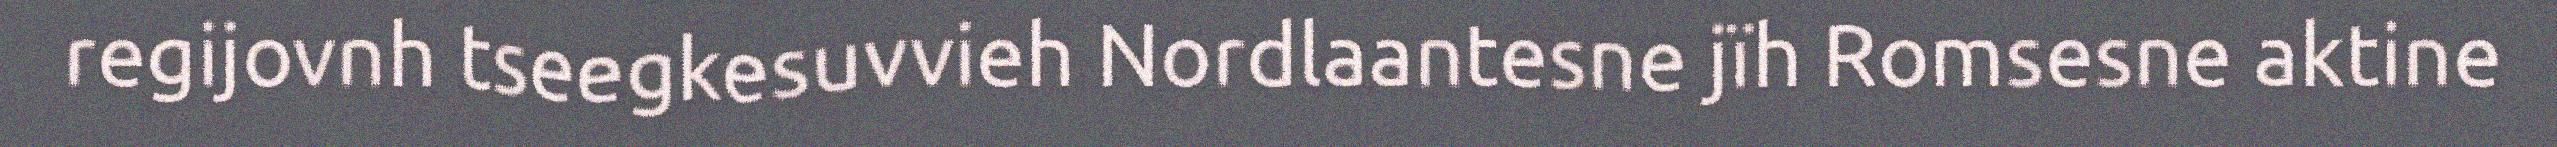
regijovnh tseegkesuvvieh Nordlaantesne jïh Romsesne aktine